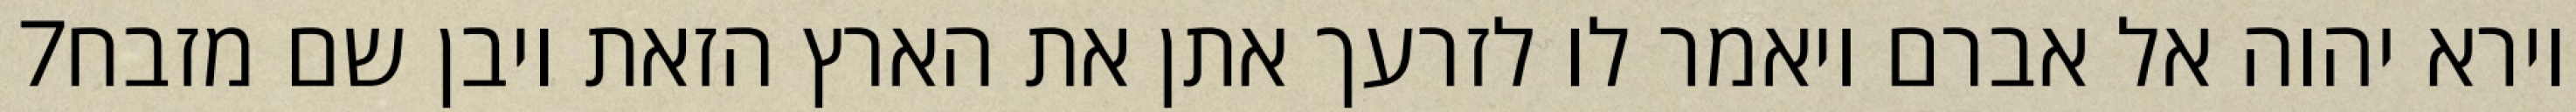
‎7‏ וירא יהוה אל אברם ויאמר לו לזרעך אתן את הארץ הזאת ויבן שם מזבח